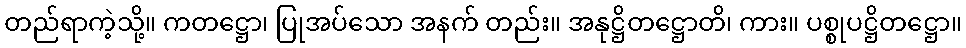
တည်ရာကဲ့သို့။ ကတဋ္ဌော၊ ပြုအပ်သော အနက် တည်း။ အနုဋ္ဌိတဋ္ဌောတိ၊ ကား။ ပစ္စုပဋ္ဌိတဋ္ဌော။